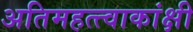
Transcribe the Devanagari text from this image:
अतिमहत्त्वाकांक्षी